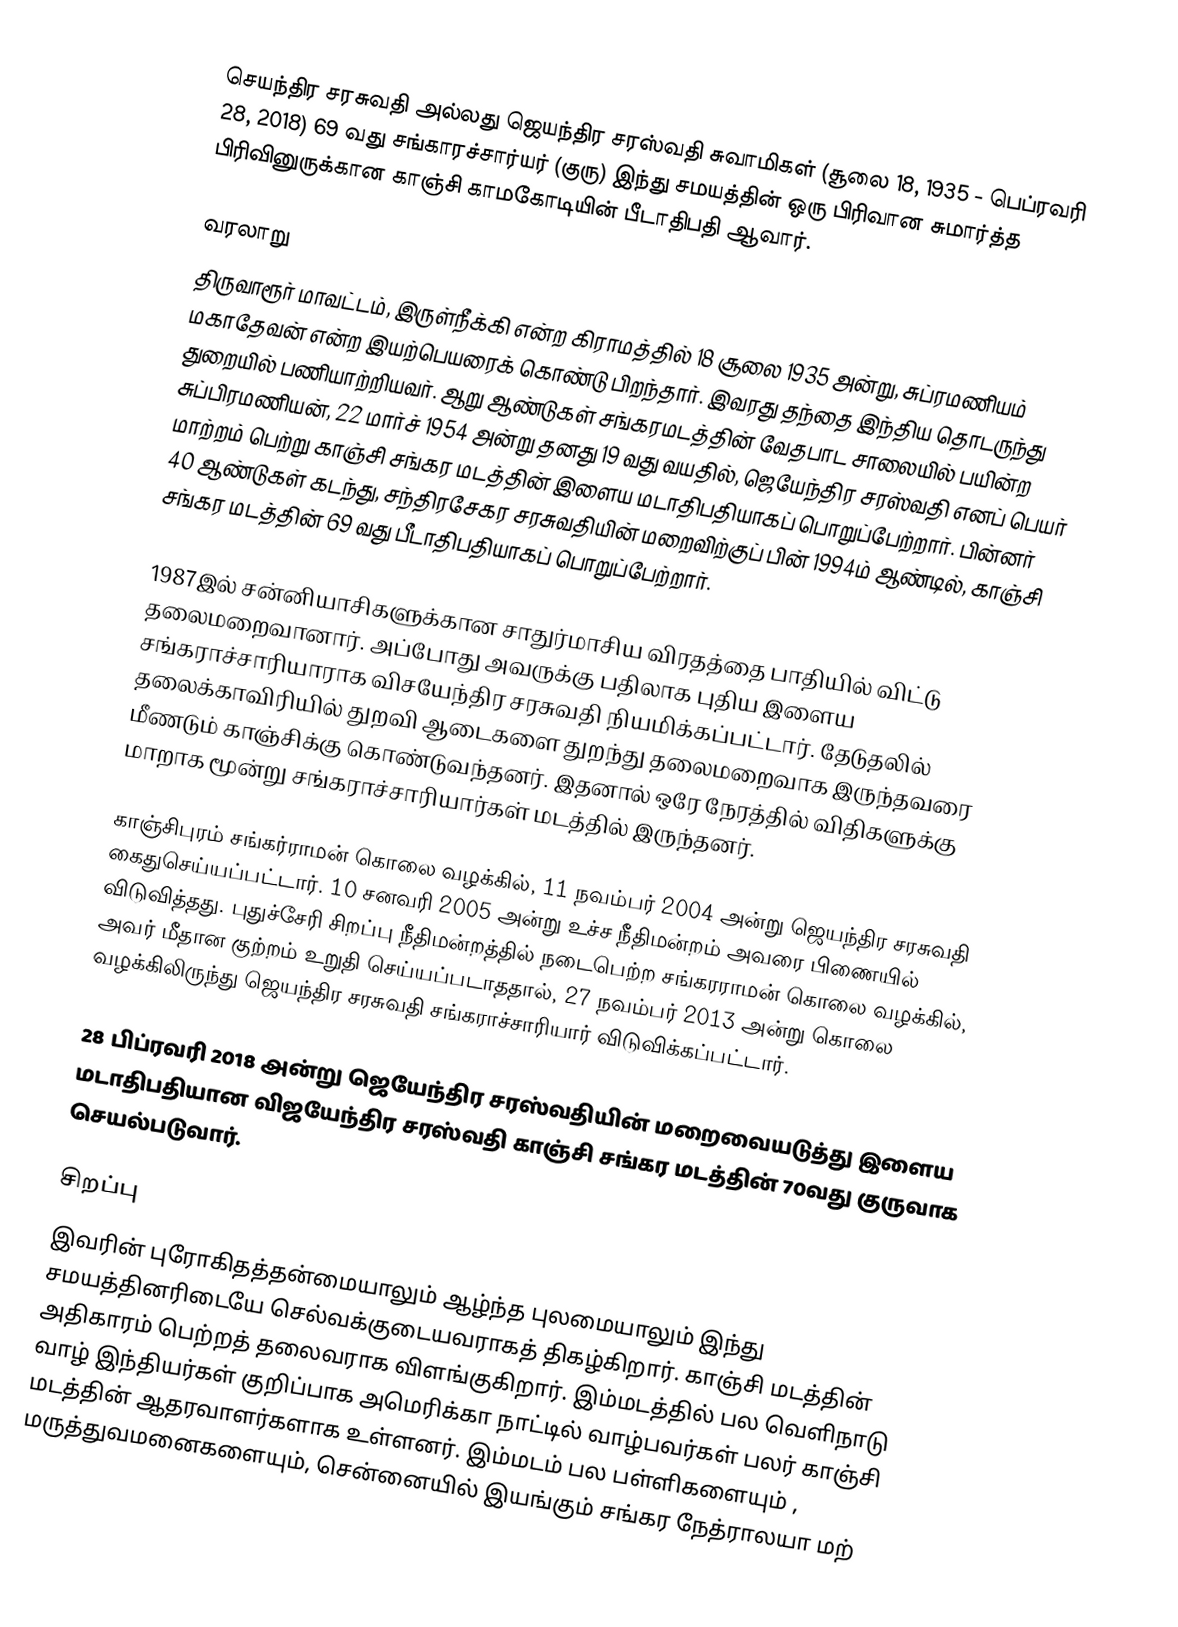
செயந்திர சரசுவதி அல்லது ஜெயந்திர சரஸ்வதி சுவாமிகள் (சூலை 18, 1935 - பெப்ரவரி 28, 2018) 69 வது சங்காரச்சார்யர் (குரு)  இந்து சமயத்தின் ஒரு பிரிவான சுமார்த்த பிரிவினுருக்கான  காஞ்சி காமகோடியின் பீடாதிபதி ஆவார்.

வரலாறு
திருவாரூர் மாவட்டம்,  இருள்நீக்கி என்ற கிராமத்தில் 18 சூலை 1935 அன்று, சுப்ரமணியம் மகாதேவன் என்ற இயற்பெயரைக் கொண்டு பிறந்தார். இவரது தந்தை இந்திய தொடருந்து துறையில் பணியாற்றியவர். ஆறு ஆண்டுகள் சங்கரமடத்தின் வேதபாட சாலையில் பயின்ற சுப்பிரமணியன்,  22 மார்ச் 1954 அன்று தனது 19 வது வயதில், ஜெயேந்திர சரஸ்வதி எனப் பெயர் மாற்றம் பெற்று காஞ்சி சங்கர மடத்தின் இளைய மடாதிபதியாகப் பொறுப்பேற்றார்.  பின்னர் 40 ஆண்டுகள் கடந்து, சந்திரசேகர சரசுவதியின் மறைவிற்குப் பின் 1994ம் ஆண்டில், காஞ்சி சங்கர மடத்தின் 69 வது பீடாதிபதியாகப் பொறுப்பேற்றார்.

1987இல் சன்னியாசிகளுக்கான சாதுர்மாசிய விரதத்தை பாதியில் விட்டு தலைமறைவானார். அப்போது அவருக்கு பதிலாக புதிய இளைய சங்கராச்சாரியாராக விசயேந்திர சரசுவதி நியமிக்கப்பட்டார். தேடுதலில் தலைக்காவிரியில் துறவி ஆடைகளை துறந்து தலைமறைவாக இருந்தவரை மீணடும் காஞ்சிக்கு கொண்டுவந்தனர். இதனால் ஒரே நேரத்தில் விதிகளுக்கு மாறாக மூன்று சங்கராச்சாரியார்கள் மடத்தில் இருந்தனர்.

காஞ்சிபுரம்  சங்கர்ராமன் கொலை வழக்கில்,  11 நவம்பர் 2004 அன்று ஜெயந்திர சரசுவதி கைதுசெய்யப்பட்டார். 10 சனவரி 2005 அன்று உச்ச நீதிமன்றம் அவரை பிணையில் விடுவித்தது. புதுச்சேரி சிறப்பு நீதிமன்றத்தில் நடைபெற்ற சங்கரராமன் கொலை வழக்கில், அவர் மீதான குற்றம் உறுதி செய்யப்படாததால், 27 நவம்பர் 2013  அன்று கொலை வழக்கிலிருந்து ஜெயந்திர சரசுவதி சங்கராச்சாரியார் விடுவிக்கப்பட்டார்.

28 பிப்ரவரி 2018 அன்று  ஜெயேந்திர சரஸ்வதியின் மறைவையடுத்து இளைய மடாதிபதியான விஜயேந்திர சரஸ்வதி காஞ்சி சங்கர மடத்தின் 70வது குருவாக செயல்படுவார்.

சிறப்பு
இவரின் புரோகிதத்தன்மையாலும் ஆழ்ந்த புலமையாலும் இந்து சமயத்தினரிடையே செல்வக்குடையவராகத் திகழ்கிறார். காஞ்சி மடத்தின் அதிகாரம் பெற்றத் தலைவராக விளங்குகிறார். இம்மடத்தில் பல வெளிநாடு வாழ் இந்தியர்கள் குறிப்பாக அமெரிக்கா நாட்டில் வாழ்பவர்கள் பலர் காஞ்சி மடத்தின் ஆதரவாளர்களாக உள்ளனர். இம்மடம் பல பள்ளிகளையும் , மருத்துவமனைகளையும், சென்னையில் இயங்கும் சங்கர நேத்ராலயா மற்